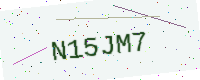
Text: N15JM7